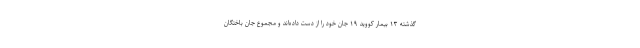
گذشته ۱۳ بیمار کووید ۱۹ جان خود را از دست داده‌اند و مجموع جان باختگان